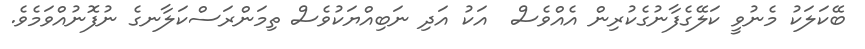
ބޭކަލަކު މެނުވީ ކަލޭގެފާނުގެކުރިން އެއްވެސް  އަކު އަދި ނަބިއްޔަކުވެސް ތިމަންރަސްކަލާނގެ ނުފޮނުއްވަމެވެ.